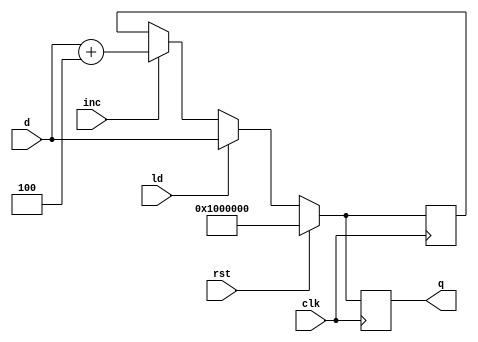
`timescale 1ns / 1ps
//////////////////////////////////////////////////////////////////////////////////
// Company: 
// Engineer: 
// 
// Design Name: 
// Module Name: pc
// Project Name: 
// Target Devices: 
// Tool Versions: 
// Description: 
// 
// Dependencies: 
// 
// Revision:
// Revision 0.01 - File Created
// Additional Comments:
// 
//////////////////////////////////////////////////////////////////////////////////


module pc(
    input [31:0] d,
    input ld,
    input rst,
    input clk,
    input inc,
    output reg [31:0] q
    );
    reg [31:0] cnt;

always @(posedge clk) begin
    if (rst) cnt = 32'b00000001000000000000000000000000; 
    else begin
        if(ld) cnt=d;
        else begin
            if(inc) cnt=d+4;
        end
   end
   q=cnt;
 end
        

endmodule